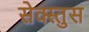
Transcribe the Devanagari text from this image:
सेक्स्तुस